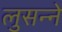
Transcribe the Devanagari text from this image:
लुसन्ने